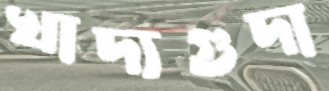
খাদ্যগুদা